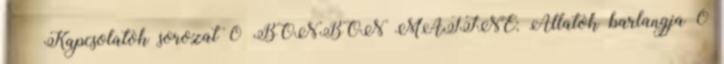
Kapcsolatok sorozat 0 BONBON MATINÉ: Állatok barlangja 0